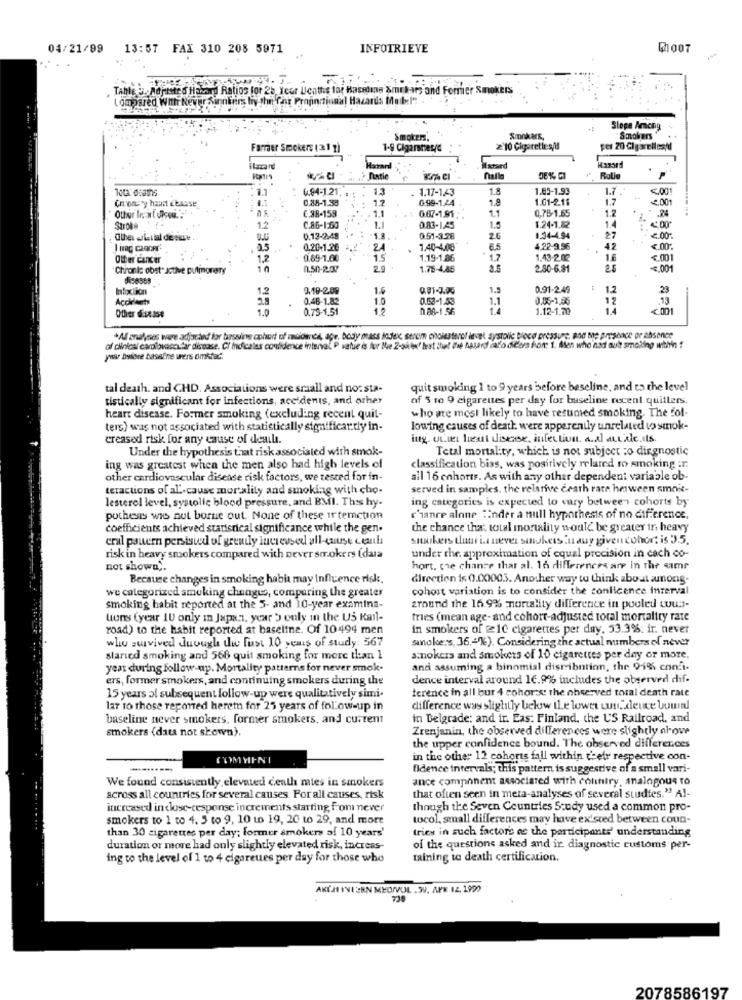
04/21/99 13:57 FAX 310 208 5971
INFOTRIEVE
Table .. Aortste & Hazard Ratios for 25, Yeer Ulenths for Baseline Smrkaars and Former Smokers
Compared With Never Sinnfinn hiy she Car Proportional Hazards Mobi .. . ...
Slope Among
Smokers.
Smokers,
Smokers
Farmer Smokers (21 )
1-9 Cigarsnesse
2'10 Cigarettes/M
per 20 Cigarelles(d
ilazard
Harvard
Marand
Hazard
nalle
Total dosaths
6.94-1.21.
13
1.17-143
1.8
1.85-1.93
1.7
<. 00
0,85-1.53
12
0.99-1.24
1.8
1.61-2.18
1.7
1.001
Chron y haunt cbsese
C.98-159
1.1
0.07-1.95
1.1
0,78-1.65
1.7
.24
Other In art diced.":"
Stroke
1.2
C.86-1:60
1.1
0.83-1.45
1.5
1.24-1.82
1.4
0.13-2,48
-1.3.
0.51-3.28
26
1.34-4.94
27
2.00*
2.5
0.20-1.36
1.40-4.08
6.5
4.22-9.96
.
42
<. 00.
Other Cancer
12
0.89-1.00
15
1.19-1,86
1.7
1.43-2.02
1.6
5.001
Chronic obst" active putinorery
10
0.50-2.07
2.0
1.75-4,85
3.5
2.80-6.8
4.001
9,10-2.08
16
1.3
0.91-2.49
1.2
23
Accklach
12
0.46-1.82
1.0
0.63-1.53
1.1
0.05-1.55
12
.13
1.0
0.73-1.51
12
0.88-1.56
1.12-1.70
<001
Other disease
*Al analyses were adjacted for barssiing cohort of muidende, age, body mass index, serem cholesterol level systolic blood pressure, pod me presence or absence
of clinical cardiovascular disease. Ci Indicalas confidence interval P value is for Me 2-4℃
flest that the hasard cado dieers for: 1. Asen who nsd auk smoking inthein !
year boltre baseline wers omktar.
tal death. and C.HD. Associations were sraall and no: sta-
quit smoking 1 to 9 years before baseline, and to the level
tistically significant for infections, ace dents, and other
of 5 re 9 cigarettes per day for baseline recent quillers.
who are most likely to have resumed smoking. The fol
heart disease. Former smoking (excluding recent quil-
ters) was not associated with statistically significantly in-
lowing causes of death were apparently unrelated ws smok-
creased risk for any cause of deal.
ing. w.we heart disease, infection. a.al at Alc.ils.
Under the hypothesis that risk associated with smok-
Total mortality, which is not subject :o dirgnostic
ing was greatest when the men also had high levels of
classification biss, was positively relamed ro smoking :r.
other cardiovascular disease risk factors, we tested for in-
ail 16 cohorts. As with any other dependent variable ob-
teractions of al-cause mortality and smoking with cho-
served in samples. the relative ceath rate hoween smok-
lesterol level, systolic blood pressure, and BMI. This hy-
ing categories is expected to vary between cohorts by
potheas wis nut borne out. None of these ir temction
chianre alone Inder a null hypothesis of no difference,
coefficients achieved statistical significance while the gen.
the chance that total mortality would be greater ir, heavy
cral pauern persisted of greatly lucievsed all-quuse ceanla
smokers thus ia never sanskets In awy given cohor: is 3.5.
risk in heavy smokers compared with never sorokers (daia
under the. approximation of equal precision in cach co-
not shown ;.
hort, che chance that al. 16 differences are in The same
Because changes in smoking habia may Influence risk,
direction is 0.00005. Another way to think about among-
we categorized smoking changes, comparing the greater
cohost variation is to consider the confidence interval
smoking habit reported at the 5- and 10-year examina-
ground the 16.9% mortality difference in pouled wu :-
tons (year 1U only in Japan, year 5 only in the US Kail-
tries (mean age- and cohort-adjusted toral mortality rate
road) to the habit reported at baseline. Of 10494 men
in smokers of le cigarettes per day. 53.3%: ir. never
who survived duough the lust 10 semis of study. 567
smoke:s, 36 .- 1). Considering the actual numbers of never
slaried smoking and 566 quit smoking for more than 1
smokers and smokers of 10 cigarettes per day or more,
year during follow-up. Mortality patterns for never smok.
and assuming a binomial distribution, the 95% conti-
ers, former smokers, and continuing smokers during the
dence interval around 16.9% includes the observed dif-
terence in all bur 4 cohors: the observed toral death rate
15 years al subsequent follow-up were qualitatively simi-
lar to those reported heretn for 25 years of follow-up in
difference was slightly below the lower wn. deuce bound
baseline never smokers, former smokers, and current
in Belgrade: and it. Eas: Finland, the US Railroad, and
smokers (data not shown).
Zrenjanin, the observed differences were slightly alove
the upper confidence bound. The observed differences
COMMINI
in the other 12 cohorts fall within their respective con-
fidence intervals; this pattern is suggestive of a small vari-
ance component associated with country, analogous to
We found consistently elevated centh mies in smokers
across all countries for several causes. For all causes, risk
that often seen in meta-analyses of several studies." Al-
increased inclose-response increments starting fromi never
though the Seven Countries Study used a common pro-
smokers to 1 to 4. 5 to 9, 10 to 19, 20 to 29, and more
tocol, small differences may have ex'sced between coun-
than 30 cigarettes per day; former smokers af 10 years'
tries in such factors as the participants' understanding
duration or more had only slightly elevated risk, incrons-
of the questions asked and ir diagnostic customs per-
ing to the level of 1 to 4 cigareues per day for those who
taining to death certification.
AKÉM INI:RN MYONVUL.99. APK 12, 1990
739
2078586197